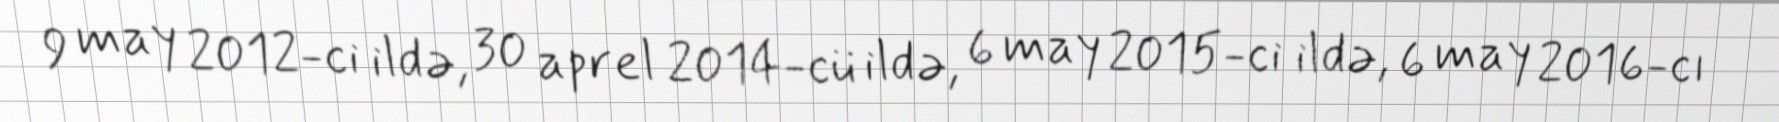
9 may 2012-ci ildə, 30 aprel 2014-cü ildə, 6 may 2015-ci ildə, 6 may 2016-cı